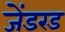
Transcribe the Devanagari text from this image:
जेंडरड